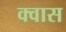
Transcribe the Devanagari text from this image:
क्वास